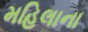
મહિલાના